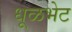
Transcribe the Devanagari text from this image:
धूळभेट